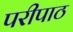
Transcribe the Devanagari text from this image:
परीपाठ